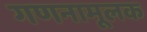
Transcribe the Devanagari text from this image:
गणनामूलक